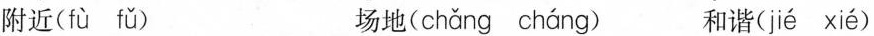
附近(fù íǔ) 场地(chǎng cháng) 和谐(jié xié)